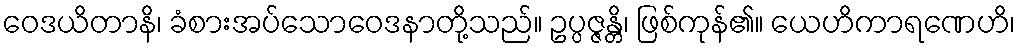
ဝေဒယိတာနိ၊ ခံစားအပ်သောဝေဒနာတို့သည်။ ဥပ္ပဇ္ဇန္တိ၊ ဖြစ်ကုန်၏။ ယေဟိကာရဏေဟိ၊